Indian journal of veterinary science and animal husbandry - Volumes 22-23, 1952-1953
Year: 1952
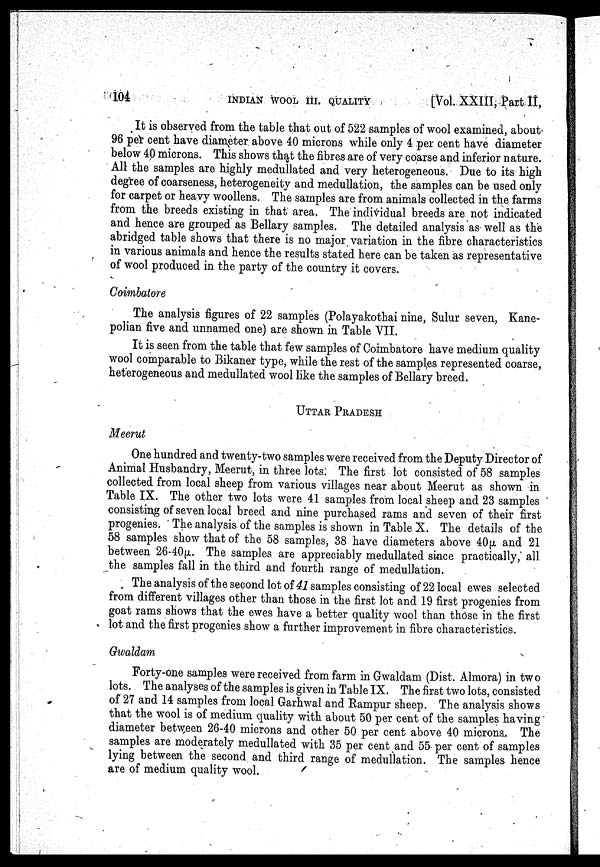
104
INDIAN
WOOL
III.
QUALITY
[Vol. XXIII, Part.II,
It is observed from the table that out of 522 samples of wool examined, about-
96 per cent have diameter above 40 microns while only 4 per cent have diameter
below 40 microns. This shows that the fibres are of very coarse and inferior nature.
All the samples are highly medullated and very heterogeneous. Due to its high
degree of coarseness, heterogeneity and medullation, the samples can be used only
for carpet or heavy woollens. The samples are from animals collected in the farms
from the breeds existing in that area. The individual breeds are not indicated
and hence are grouped as Bellary samples. The detailed analysis as well as the
abridged table shows that there is no major variation in the fibre characteristics
in various animals and hence the results stated here can be taken as representative
of wool produced in the party of the country it covers.
Coimbatore
The analysis figures of 22 samples (Polayakothai nine, Sulur seven, Kane-
polian five and unnamed one) are shown in Table VII.
It is seen from the table that few samples of Coimbatore have medium quality
wool comparable to Bikaner type, while the rest of the samples represented coarse,
heterogeneous and medullated wool like the samples of Bellary breed.
UTTAR PRADESH
Meerut
One hundred and twenty-two samples were received from the Deputy Director of
Animal Husbandry, Meerut, in three lots: The first lot consisted of 58 samples
collected from local sheep from various villages near about Meerut as shown in
Table IX. The other two lots were 41 samples from local sheep and 23 samples
consisting of seven local breed and nine purchased rams and seven of their first
progenies. The analysis of the samples is shown in Table X. The details of the
58 samples show that of the 58 samples, 38 have diameters above 40µ and 21
between 26-40µ. The samples are appreciably medullated since practically, all
the samples fall in the third and fourth range of medullation.
The analysis of the second lot of 41 samples consisting of 22 local ewes selected
from different villages other than those in the first lot and 19 first progenies from
goat rams shows that the ewes have a better quality wool than those in the first
lot and the first progenies show a further improvement in fibre characteristics.
Gwaldam
Forty-one samples were received from farm in Gwaldam (Dist. Almora) in two
lots. The analyses of the samples is given in Table IX. The first two lots, consisted
of 27 and 14 samples from local Garhwal and Rampur sheep. The analysis shows
that the wool is of medium quality with about 50 per cent of the samples having
diameter between 26-40 microns and other 50 per cent above 40 microns. The
samples are moderately medullated with 35 per cent and 55 per cent of samples
lying between the second and third range of medullation. The samples hence
are of medium quality wool.